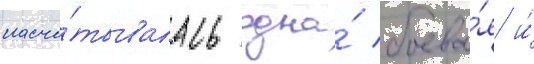
насчи́тывалась одна́ боева́я и́